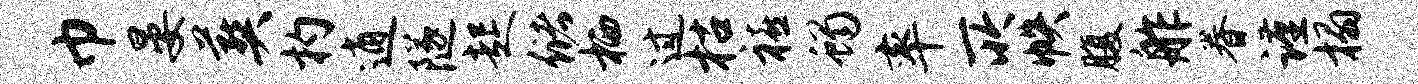
巾晏葬杓逍隧起储栖过枯禧蝎率所帙腹舴眷谨榻